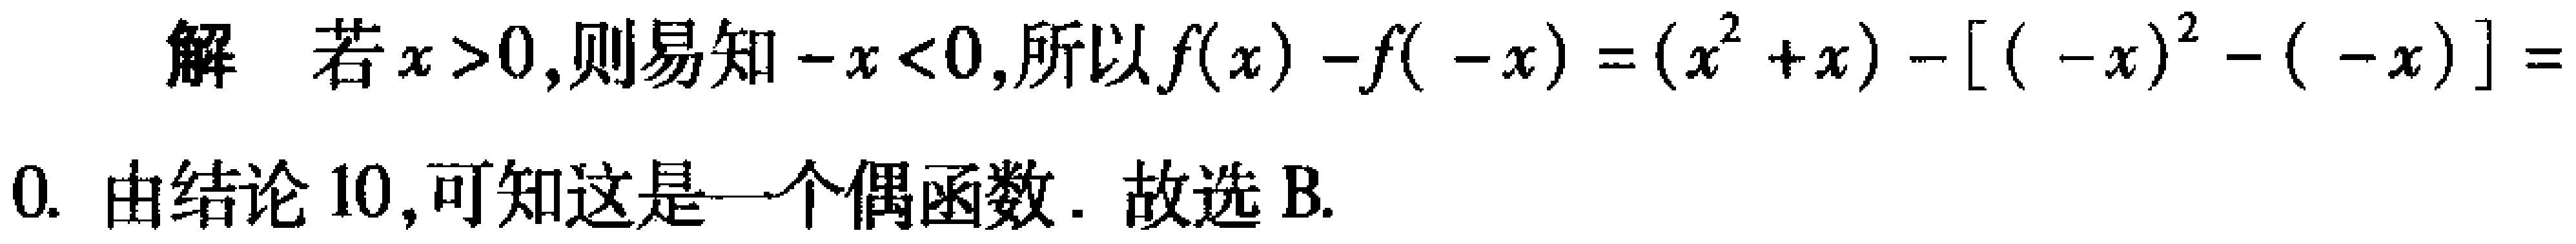
解 若\(x > 0\)，则易知\(-x < 0\)，所以\(f(x)-f(-x)=(x^{2}+x)-[(-x)^{2}-(-x)] = 0\). 由结论10，可知这是一个偶函数. 故选B.